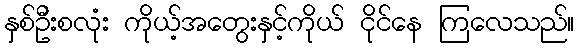
နှစ်ဦးစလုံး ကိုယ့်အတွေးနှင့်ကိုယ် ငိုင်နေ ကြလေသည်။